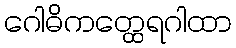
ဂေါဓိကတ္ထေရဂါထာ